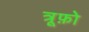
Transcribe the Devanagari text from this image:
त्रूफ़ो